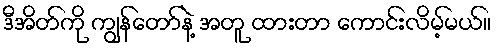
ဒီအိတ်ကို ကျွန်တော်နဲ့ အတူ ထားတာ ကောင်းလိမ့်မယ်။